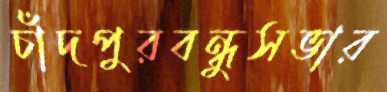
চাঁদপুরবন্ধুসভার